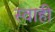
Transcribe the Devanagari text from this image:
स्वाही